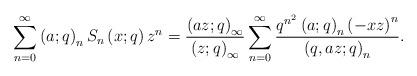
LaTeX: \begin{align*}\sum_{n=0}^{\infty}\left(a;q\right)_{n}S_{n}\left(x;q\right)z^{n}=\frac{\left(az;q\right)_{\infty}}{\left(z;q\right)_{\infty}}\sum_{n=0}^{\infty}\frac{q^{n^{2}}\left(a;q\right)_{n}\left(-xz\right)^{n}}{\left(q,az;q\right)_{n}}.\end{align*}